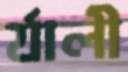
র‍্যালী